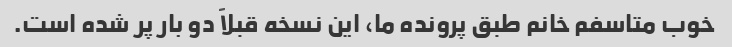
خوب متاسفم خانم طبق پرونده ما، این نسخه قبلاً دو بار پر شده است.